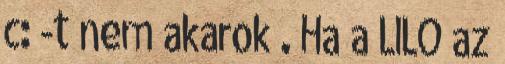
c: -t nem akarok . Ha a LILO az